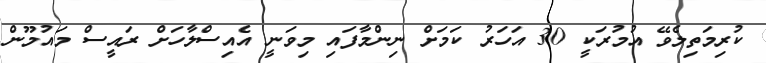
ކުރިމަތިލެވޭ އުމުރަކީ 30 އަހަރު ކަމަށް ނިންމާފައި މިވަނީ އެއިސްލާހަށް ރައީސް މައުމޫން